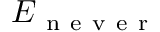
E _ { \mathrm { ~ n ~ e ~ v ~ e ~ r ~ } }